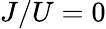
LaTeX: J/U=0